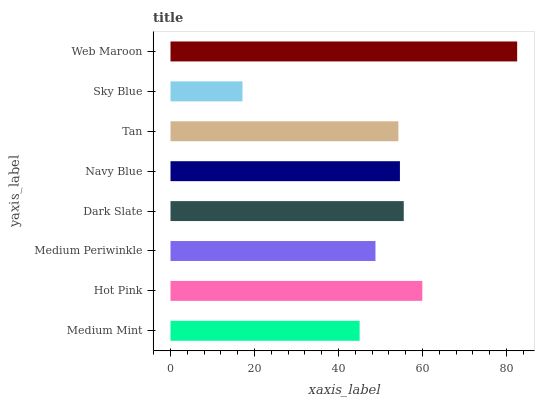
| yaxis_label | bars |
 | --- | --- |
 | Medium Mint | 45 |
 | Hot Pink | 60 |
 | Medium Periwinkle | 48.8 |
 | Dark Slate | 55.6 |
 | Navy Blue | 54.6 |
 | Tan | 54.3 |
 | Sky Blue | 17.1 |
 | Web Maroon | 82.6 |